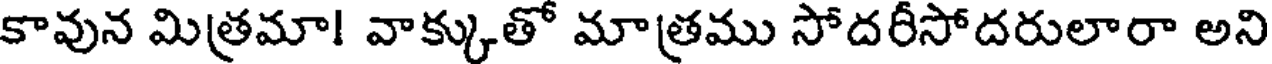
కావున మిత్రమా! వాక్కుతో మాత్రము సోదరీసోదరులారా అని